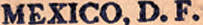
MEXICO, D. F.